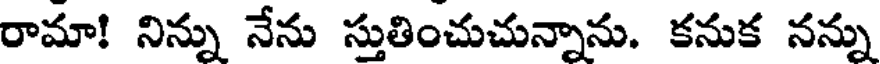
రామా! నిన్ను నేను స్తుతించుచున్నాను. కనుక నన్ను